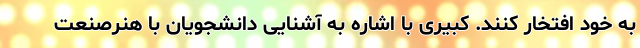
به خود افتخار کنند. کبیری با اشاره به آشنایی دانشجویان با هنرصنعت